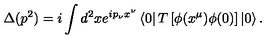
\Delta ( p ^ { 2 } ) = i \int d ^ { 2 } x e ^ { i p _ { \nu } x ^ { \nu } } \left\langle 0 \right| T \left[ \phi ( x ^ { \mu } ) \phi ( 0 ) \right] \left| 0 \right\rangle .